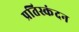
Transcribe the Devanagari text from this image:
प्रतिस्कंदन